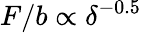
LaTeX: F/b\propto\delta^{-0.5}